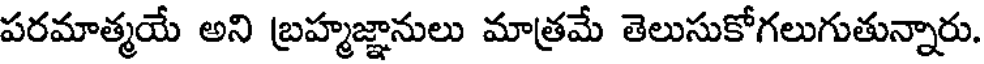
పరమాత్మయే అని బ్రహ్మజ్ఞానులు మాత్రమే తెలుసుకోగలుగుతున్నారు.